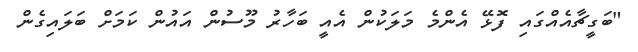
"ބަގީޗާއެއްގައި ފޮޅޭ އެންމެ މަލަކުން އެއީ ބަހާރު މޫސުން އައުން ކަމަށް ބަލައިގެން